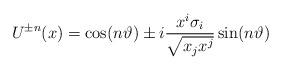
LaTeX: \begin{align*}U^{\pm n}(x)=\cos(n\vartheta)\pm i\frac{x^i\sigma_i}{\sqrt{x_j x^j}}\sin(n\vartheta)\end{align*}